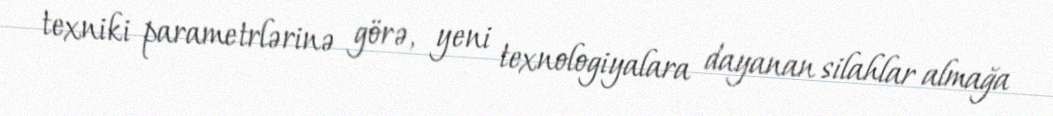
texniki parametrlərinə görə, yeni texnologiyalara dayanan silahlar almağa